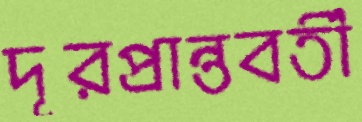
দূরপ্রান্তবর্তী